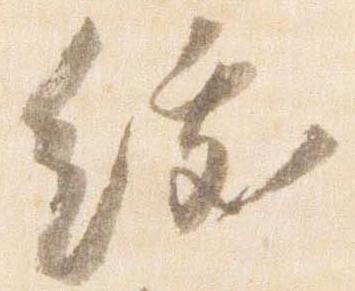
綬